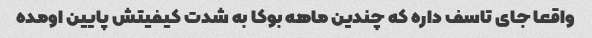
واقعا جاى تاسف داره که چندین ماهه بوکا به شدت کیفیتش پایین اومده